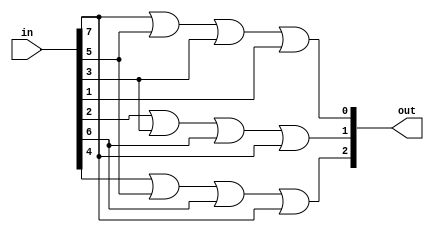
module encoder(out, in);
	input [7:0] in;
	output [2:0] out;
	assign out[0] = in[7] | in[5] |in[3] |in[1];
	assign out[1] = in[2] | in[3] | in[6] | in[7];
	assign out[2] = in[4] | in[5] | in[6] | in[7];
	//if (in == 8b'00000001) op = 3b'000);
endmodule